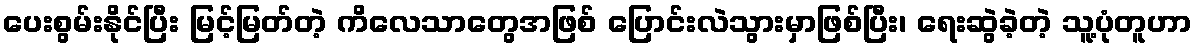
ပေးစွမ်းနိုင်ပြီး မြင့်မြတ်တဲ့ ကိလေသာတွေအဖြစ် ပြောင်းလဲသွားမှာဖြစ်ပြီး၊ ရေးဆွဲခဲ့တဲ့ သူ့ပုံတူဟာ